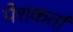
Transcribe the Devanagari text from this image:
पेशकर्ता